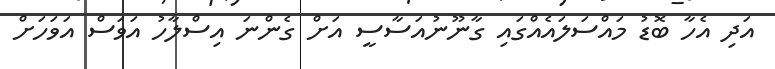
އަދި އެހާ ބޮޑު މައްސަލައެއްގައި ގާނޫނުއަސާސީ އަށް ގެންނަ އިސްލާހު އަވަސް އަވަހަށް